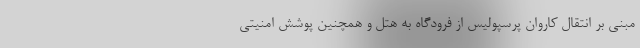
مبنی بر انتقال کاروان پرسپولیس از فرودگاه به هتل و همچنین پوشش امنیتی